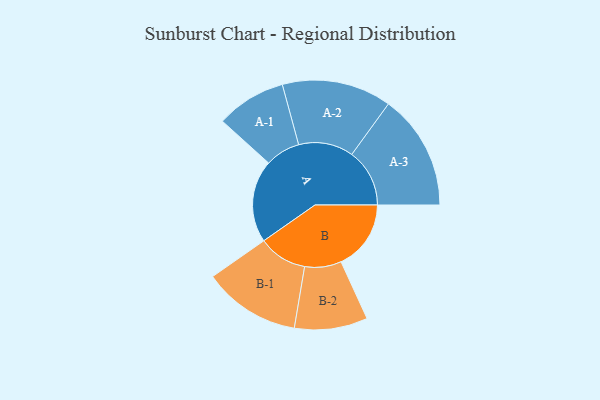
{"axis": {"x": "Segment", "y": "Value"}, "legend": ["", "A", "B"], "data": [{"x": "A", "y": 408, "type": ""}, {"x": "B", "y": 346, "type": ""}, {"x": "A-1", "y": 173, "type": "A"}, {"x": "A-2", "y": 271, "type": "A"}, {"x": "A-3", "y": 286, "type": "A"}, {"x": "B-1", "y": 241, "type": "B"}, {"x": "B-2", "y": 181, "type": "B"}]}